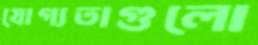
যোগ্যতাগুলো